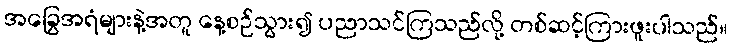
အခြွေအရံများနဲ့အတူ နေ့စဉ်သွား၍ ပညာသင်ကြသည်လို့ တစ်ဆင့်ကြားဖူးပါသည်။